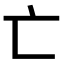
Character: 亡